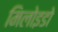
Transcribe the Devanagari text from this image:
मिलोइडो